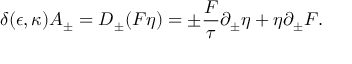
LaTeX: \delta ( \epsilon , \kappa ) A _ { \pm } = D _ { \pm } ( F \eta ) = \pm { \frac { F } { \tau } } \partial _ { \pm } \eta + \eta \partial _ { \pm } F .